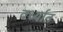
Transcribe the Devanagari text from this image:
वर्ध्यात